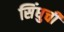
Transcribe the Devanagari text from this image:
सिंधुची